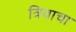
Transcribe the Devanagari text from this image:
त्रिवाचा